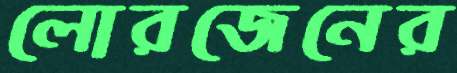
লোরজেনের